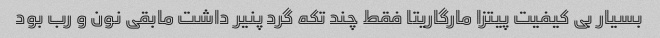
بسیار بی کیفیت پیتزا مارگاریتا فقط چند تکه گرد پنیر داشت مابقی نون و رب بود